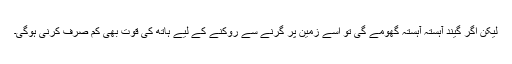
لیکن اگر گیند آہستہ آہستہ گھومے گی تو اسے زمین پر گرنے سے روکنے کے لیے ہاتھ کی قوت بھی کم صرف کرنی ہوگی۔